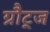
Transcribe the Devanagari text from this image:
ग्रौट्ज